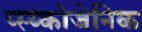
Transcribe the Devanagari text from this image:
प्स्य्कोजेनिक